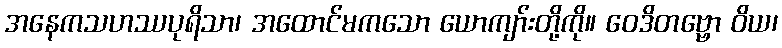
အနေကသဟဿပုရိသာ၊ အထောင်မကသော ယောကျာ်းတို့ကို။ ဝေဒိတဗ္ဗော ဝိယ၊